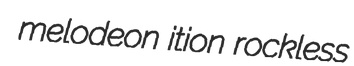
melodeon ition rockless